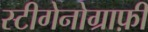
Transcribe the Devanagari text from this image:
स्टीगेनोग्राफ़ी